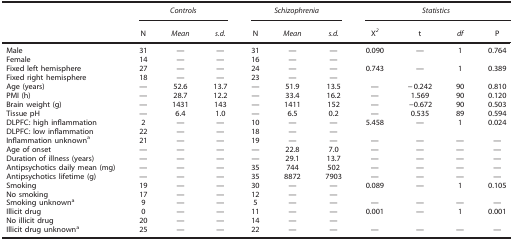
<table><thead><tr><td><b> </b></td><td colspan="3"><b><i>Controls</i></b></td><td colspan="3"><b><i>Schizophrenia</i></b></td><td colspan="4"><b><i>Statistics</i></b></td></tr><tr><td><b> </b></td><td><b>N</b></td><td><b><i>Mean</i></b></td><td><b><i>s.d.</i></b></td><td><b>N</b></td><td><b><i>Mean</i></b></td><td><b><i>s.d.</i></b></td><td><b>X<sup><i>2</i></sup></b></td><td><b>t</b></td><td><b><i>df</i></b></td><td><b>P</b></td></tr></thead><tbody><tr><td>Male</td><td>31</td><td>—</td><td>—</td><td>31</td><td>—</td><td>—</td><td>0.090</td><td>—</td><td>1</td><td>0.764</td></tr><tr><td>Female</td><td>14</td><td>—</td><td>—</td><td>16</td><td>—</td><td>—</td><td> </td><td> </td><td> </td><td> </td></tr><tr><td>Fixed left hemisphere</td><td>27</td><td>—</td><td>—</td><td>24</td><td>—</td><td>—</td><td>0.743</td><td>—</td><td>1</td><td>0.389</td></tr><tr><td>Fixed right hemisphere</td><td>18</td><td>—</td><td>—</td><td>23</td><td>—</td><td>—</td><td> </td><td> </td><td> </td><td> </td></tr><tr><td>Age (years)</td><td>—</td><td>52.6</td><td>13.7</td><td>—</td><td>51.9</td><td>13.5</td><td>—</td><td>−0.242</td><td>90</td><td>0.810</td></tr><tr><td>PMI (h)</td><td>—</td><td>28.7</td><td>12.2</td><td>—</td><td>33.4</td><td>16.2</td><td>—</td><td>1.569</td><td>90</td><td>0.120</td></tr><tr><td>Brain weight (g)</td><td>—</td><td>1431</td><td>143</td><td>—</td><td>1411</td><td>152</td><td>—</td><td>−0.672</td><td>90</td><td>0.503</td></tr><tr><td>Tissue pH</td><td>—</td><td>6.4</td><td>1.0</td><td>—</td><td>6.5</td><td>0.2</td><td>—</td><td>0.535</td><td>89</td><td>0.594</td></tr><tr><td>DLPFC: high inflammation</td><td>2</td><td>—</td><td>—</td><td>10</td><td>—</td><td>—</td><td>5.458</td><td>—</td><td>1</td><td>0.024</td></tr><tr><td>DLPFC: low inflammation</td><td>22</td><td>—</td><td>—</td><td>18</td><td>—</td><td>—</td><td> </td><td> </td><td> </td><td> </td></tr><tr><td>Inflammation unknowna</td><td>21</td><td>—</td><td>—</td><td>19</td><td>—</td><td>—</td><td>—</td><td>—</td><td>—</td><td>—</td></tr><tr><td>Age of onset</td><td>—</td><td>—</td><td>—</td><td>—</td><td>22.8</td><td>7.0</td><td>—</td><td>—</td><td>—</td><td>—</td></tr><tr><td>Duration of illness (years)</td><td>—</td><td>—</td><td>—</td><td>—</td><td>29.1</td><td>13.7</td><td>—</td><td>—</td><td>—</td><td>—</td></tr><tr><td>Antipsychotics daily mean (mg)</td><td>—</td><td>—</td><td>—</td><td>35</td><td>744</td><td>502</td><td>—</td><td>—</td><td>—</td><td>—</td></tr><tr><td>Antipsychotics lifetime (g)</td><td>—</td><td>—</td><td>—</td><td>35</td><td>8872</td><td>7903</td><td>—</td><td>—</td><td>—</td><td>—</td></tr><tr><td>Smoking</td><td>19</td><td>—</td><td>—</td><td>30</td><td>—</td><td>—</td><td>0.089</td><td>—</td><td>1</td><td>0.105</td></tr><tr><td>No smoking</td><td>17</td><td>—</td><td>—</td><td>12</td><td>—</td><td>—</td><td> </td><td> </td><td> </td><td> </td></tr><tr><td>Smoking unknowna</td><td>9</td><td>—</td><td>—</td><td>5</td><td>—</td><td>—</td><td>—</td><td>—</td><td>—</td><td>—</td></tr><tr><td>Illicit drug</td><td>0</td><td>—</td><td>—</td><td>11</td><td>—</td><td>—</td><td>0.001</td><td>—</td><td>1</td><td>0.001</td></tr><tr><td>No illicit drug</td><td>20</td><td>—</td><td>—</td><td>14</td><td>—</td><td>—</td><td> </td><td> </td><td> </td><td> </td></tr><tr><td>Illicit drug unknowna</td><td>25</td><td>—</td><td>—</td><td>22</td><td>—</td><td>—</td><td>—</td><td>—</td><td>—</td><td>—</td></tr></tbody></table>